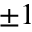
\pm 1